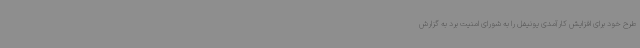
طرح خود برای افزایش کارآمدی یونیفل را به شورای امنیت برد به گزارش